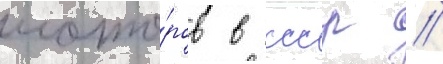
мото́ров в ссср /